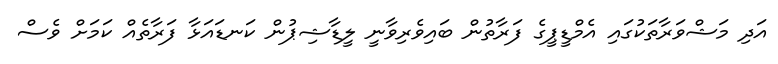
އަދި މަޝްވަރާތަކުގައި އެމްޑީޕީގެ ފަރާތުން ބައިވެރިވާނީ ލީޑާޝިޕުން ކަނޑައަޅާ ފަރާތެއް ކަމަށް ވެސް